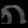
Digit: ၈